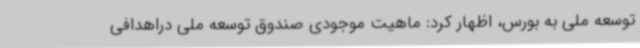
توسعه ملی به بورس، اظهار کرد: ماهیت موجودی صندوق توسعه ملی دراهدافی